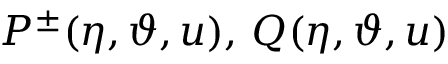
P ^ { \pm } ( \eta , \vartheta , u ) , \, Q ( \eta , \vartheta , u )